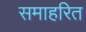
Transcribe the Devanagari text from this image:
समाहरित